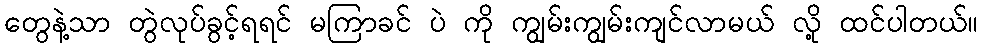
တွေနဲ့သာ တွဲလုပ်ခွင့်ရရင် မကြာခင် ပဲ ကို ကျွမ်းကျွမ်းကျင်လာမယ် လို့ ထင်ပါတယ်။